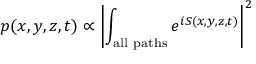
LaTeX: p ( x , y , z , t ) \propto \left\vert \int _ { \mathrm { a l l ~ p a t h s } } e ^ { i S ( x , y , z , t ) } \right\vert ^ { 2 }